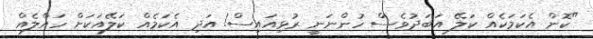
"ކޮން އެކަމަކެއް ކަލޭ އަބަދުވެސް ހުންނަނީ ރުޅިއައިސް! އަދި އެކަމެއް ކަލޭއަކަށް ހައްލެއް